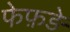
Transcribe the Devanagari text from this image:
फेफ़ड़े